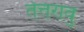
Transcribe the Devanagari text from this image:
तेत्तरावु